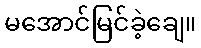
မအောင်မြင်ခဲ့ချေ။